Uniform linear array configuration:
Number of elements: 32
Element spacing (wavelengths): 0.5
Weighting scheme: blackman
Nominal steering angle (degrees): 15
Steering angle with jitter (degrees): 14.296
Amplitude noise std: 0.05
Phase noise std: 0.05

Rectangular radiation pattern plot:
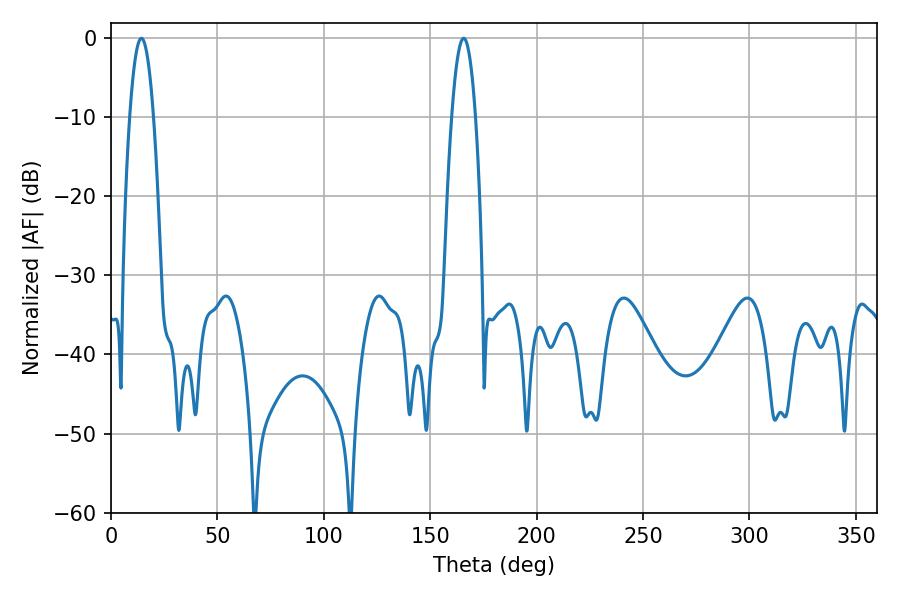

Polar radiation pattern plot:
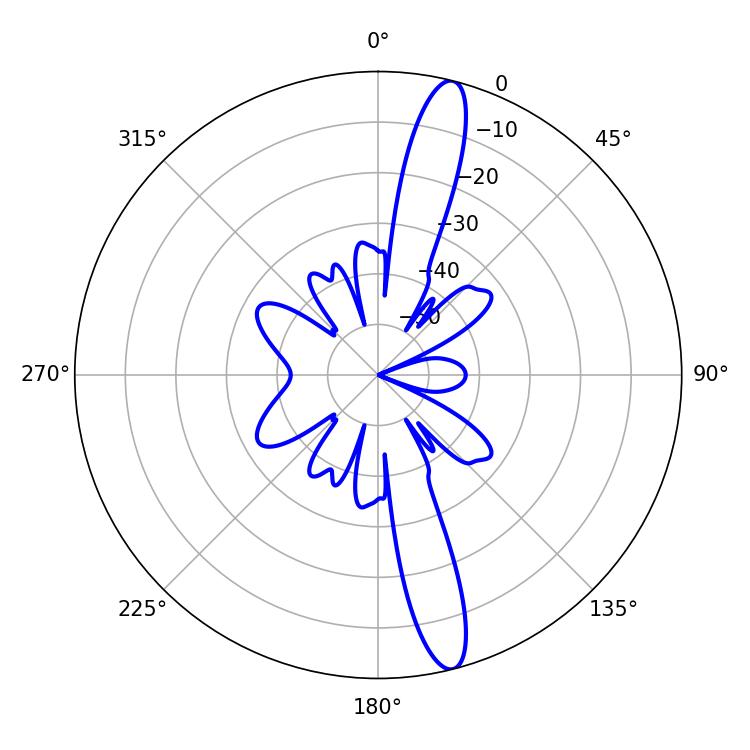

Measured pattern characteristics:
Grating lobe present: FALSE
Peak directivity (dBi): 15.437
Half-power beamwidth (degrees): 6.3
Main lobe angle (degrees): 14.22